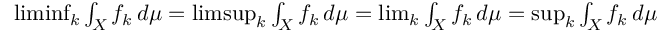
\textstyle \operatorname* { l i m i n f } _ { k } \int _ { X } f _ { k } \, d \mu = \textstyle \operatorname* { l i m s u p } _ { k } \int _ { X } f _ { k } \, d \mu = \operatorname* { l i m } _ { k } \int _ { X } f _ { k } \, d \mu = \operatorname* { s u p } _ { k } \int _ { X } f _ { k } \, d \mu